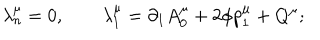
\lambda _ { n } ^ { \mu } = 0 , \qquad \lambda _ { 1 } ^ { \mu } = \partial _ { 1 } A _ { 0 } ^ { \mu } + 2 \phi p _ { 1 } ^ { \mu } + Q ^ { \mu } ;